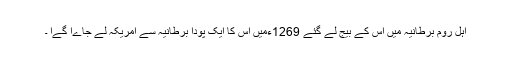
اہل روم برطانیہ میں اس کے بیج لے گئے 1269ءمیں اس کا ایک پودا برطانیہ سے امریکہ لے جاےا گےا ۔